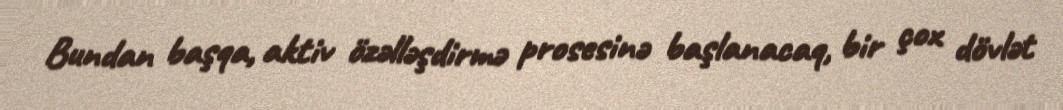
Bundan başqa, aktiv özəlləşdirmə prosesinə başlanacaq, bir çox dövlət